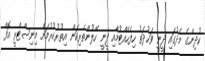
ކުދިންގެ މެދުގައި ދީނީ ވަޙުދަތު ހިފެހެއްޓުމާއި ދީނީ ހޭލުންތެރިކަން އިތުރުކުރުމަށް މިނިސްޓްރީ އޮފް